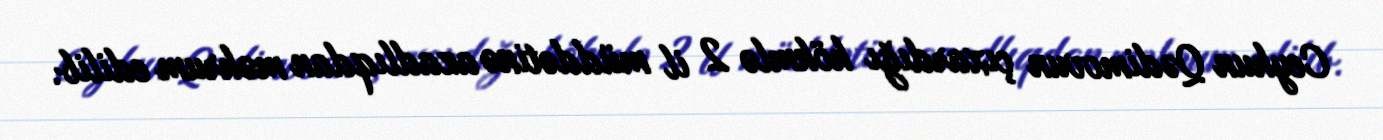
Ceyhun Qədimovun çıxardığı hökmlə 2 il müddətinə azadlıqdan məhrum edilib.